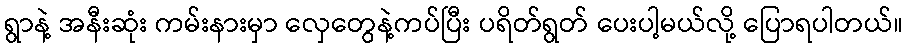
ရွာနဲ့ အနီးဆုံး ကမ်းနားမှာ လှေတွေနဲ့ကပ်ပြီး ပရိတ်ရွတ် ပေးပါ့မယ်လို့ ပြောရပါတယ်။